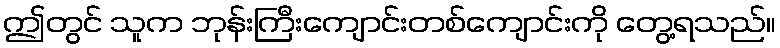
ဤတွင် သူက ဘုန်းကြီးကျောင်းတစ်ကျောင်းကို တွေ့ရသည်။